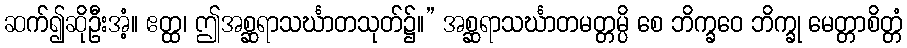
ဆက်၍ဆိုဦးအံ့။ ဧတ္ထ၊ ဤအစ္ဆရာသင်္ဃာတသုတ်၌။” အစ္ဆရာသင်္ဃာတမတ္တမ္ပိ စေ ဘိက္ခဝေ ဘိက္ခု မေတ္တာစိတ္တံ